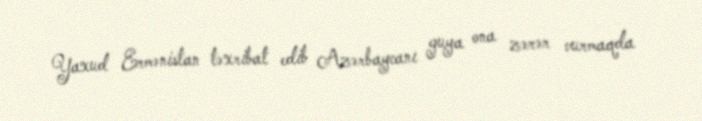
Yaxud Ermənistan təxribat edib Azərbaycanı guya ona zərər vurmaqda